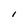
Character: l